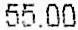
55.00